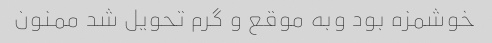
خوشمزه بود وبه موقع و گرم تحویل شد ممنون